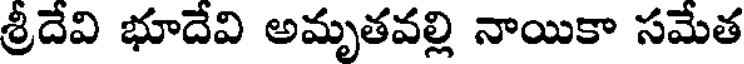
శ్రీదేవి భూదేవి అమృతవల్లి నాయికా సమేత